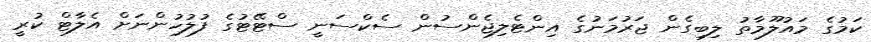
ކަމުގެ މައުލޫމާތު ލިބިގެން ޖަރުމަނުގެ އިންޓެލިޖެންސުން ސެކްސަނީ ސްޓޭޓުގެ ފުލުހުންނަށް އެލާޓް ކުރީ